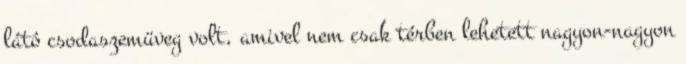
látó csodaszemüveg volt, amivel nem csak térben lehetett nagyon-nagyon